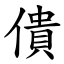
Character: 僓